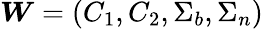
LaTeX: \boldsymbol{W}=(C_{1},C_{2},\Sigma_{b},\Sigma_{n})